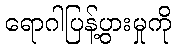
ရောဂါပြန့်ပွားမှုကို